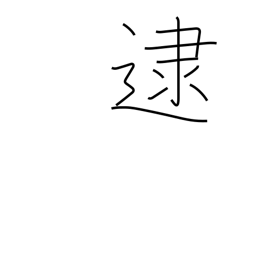
Meaning: apprehend